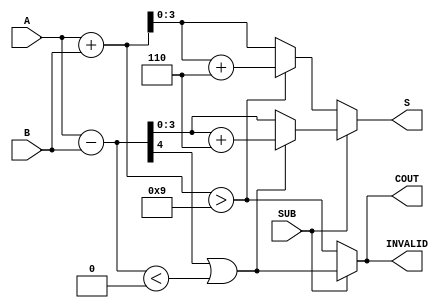
module BCD_Add_Subtracter (
    input  wire [3:0] A,        // First BCD digit
    input  wire [3:0] B,        // Second BCD digit
    input  wire SUB,            // Control signal for addition/subtraction
    output reg  [3:0] S,        // Resulting BCD digit
    output reg  COUT,           // Carry-out flag
    output reg  INVALID         // Invalid BCD flag
);

    wire [4:0] sum;             // 5-bit sum for addition
    wire [4:0] diff;            // 5-bit difference for subtraction
    wire [3:0] corrected_sum;   // Corrected sum for BCD
    wire [3:0] corrected_diff;  // Corrected difference for BCD
    wire sum_invalid;           // Flag for invalid sum
    wire diff_invalid;          // Flag for invalid difference

    // Calculate sum and difference
    assign sum = A + B;         // A + B
    assign diff = A - B;        // A - B

    // Check for invalid BCD in addition
    assign sum_invalid = (sum > 9);

    // Check for invalid BCD in subtraction
    assign diff_invalid = (diff[4] == 1) || (diff < 4'b0000); // Negative result

    // Correct the sum if invalid
    assign corrected_sum = sum_invalid ? (sum + 4'b0110) : sum;

    // Correct the difference if invalid
    assign corrected_diff = diff_invalid ? (diff + 4'b0110) : diff;

    always @(*) begin
        // Default values
        S = 4'b0000;
        COUT = 1'b0;
        INVALID = 1'b0;

        if (SUB == 1'b0) begin
            // Addition operation
            S = corrected_sum[3:0]; // Take the lower 4 bits
            COUT = sum_invalid;      // Set carry-out if sum was invalid
            INVALID = sum_invalid;   // Set invalid flag if sum is invalid
        end else begin
            // Subtraction operation
            S = corrected_diff[3:0]; // Take the lower 4 bits
            COUT = diff_invalid;      // Set carry-out if borrow occurred
            INVALID = diff_invalid;   // Set invalid flag if difference is invalid
        end
    end

endmodule